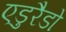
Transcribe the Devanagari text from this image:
एडुरैडो